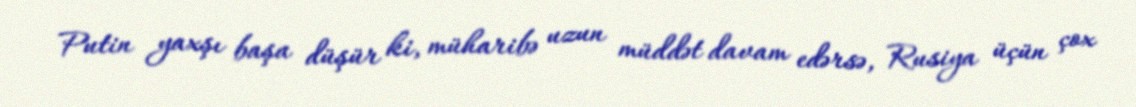
Putin yaxşı başa düşür ki, müharibə uzun müddət davam edərsə, Rusiya üçün çox